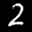
Label: 2